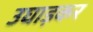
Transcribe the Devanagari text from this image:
उघाड़कर